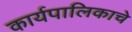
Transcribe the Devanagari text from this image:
कार्यपालिकाचे